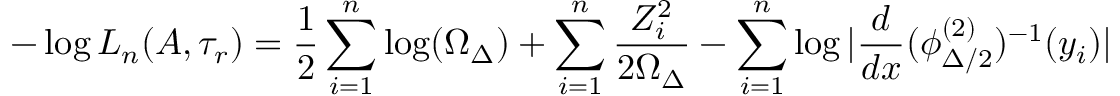
- \log L _ { n } ( A , \tau _ { r } ) = \frac { 1 } { 2 } \sum _ { i = 1 } ^ { n } \log ( \Omega _ { \Delta } ) + \sum _ { i = 1 } ^ { n } \frac { Z _ { i } ^ { 2 } } { 2 \Omega _ { \Delta } } - \sum _ { i = 1 } ^ { n } \log | \frac { d } { d x } ( \phi _ { \Delta / 2 } ^ { ( 2 ) } ) ^ { - 1 } ( y _ { i } ) |